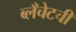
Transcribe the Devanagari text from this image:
ब्लँचेटची